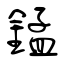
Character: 錳